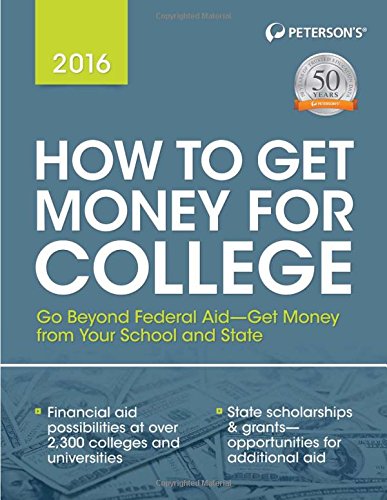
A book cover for How to Get Money for College 2016 (Peterson's How to Get Money for College); Peterson's; Education & Teaching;